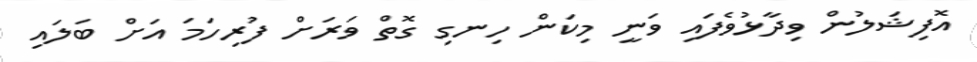
އޮފިޝަލުން ވިދާޅުވެފައި ވަނީ މިކަން ހިނގި ގޮތް ވަރަށް ފުރިހަމަ އަށް ބަލައި